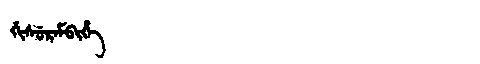
Manchu: ᡤᡳᠰᡠᡵᡝᠮᠪᡳᡥᡝ
Romanization: GISUREMBIHE